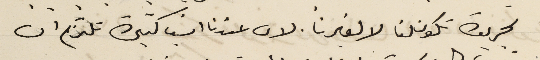
لجريدة تكون لنا لا لغيرنا. لان عندنا اشيا كثيرة نلتزم ان